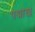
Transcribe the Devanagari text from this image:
पद्माख